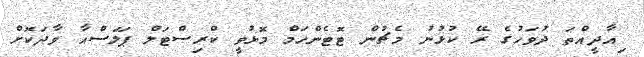
ިއާދީއްތަ ދުވަހުގެ ރޭ ކުޅުނު މެޗުން ޓޮޓެންހަމް މޮޅުވީ ކްރިސްޓަލް ޕަލަސްއާ ވާދަކޮށް